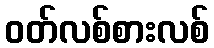
ဝတ်လစ်စားလစ်